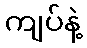
ကျပ်နဲ့